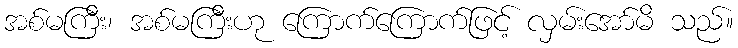
အစ်မကြီး၊ အစ်မကြီးဟု ကြောက်ကြောက်ဖြင့် လှမ်းအော်မိ သည်။